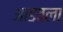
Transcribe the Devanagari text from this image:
आडवला